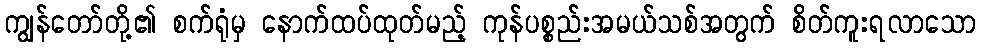
ကျွန်တော်တို့၏ စက်ရုံမှ နောက်ထပ်ထုတ်မည့် ကုန်ပစ္စည်းအမယ်သစ်အတွက် စိတ်ကူးရလာသော